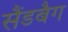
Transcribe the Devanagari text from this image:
सैंडबैग